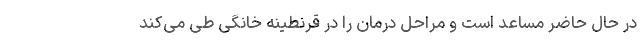
در حال حاضر مساعد است و مراحل درمان را در قرنطینه خانگی طی می‌کند